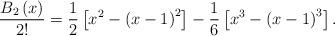
LaTeX: \begin{align*}\frac{B_{2}\left(x\right)}{2!}=\frac{1}{2}\left[x^{2}-\left(x-1\right)^{2}\right]-\frac{1}{6}\left[x^{3}-\left(x-1\right)^{3}\right].\end{align*}